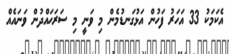
އެކަމަކު 33 އަހަރު ފަހުން އަޅުގަނޑުމެން މި ވަނީ މި ސަރަހައްދުން ވަނައެއް